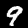
Label: 9